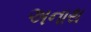
અનાથ